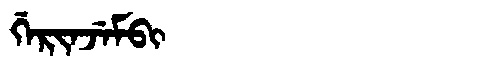
Manchu: ᡤᡝᡵᡳᠨᠵᡝᠮᠪᡳ
Romanization: GERINJEMBI